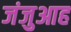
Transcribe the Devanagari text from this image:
जंजुआह